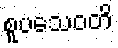
စူပသေဝတိ